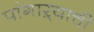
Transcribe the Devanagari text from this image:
पांगाऱ्याची